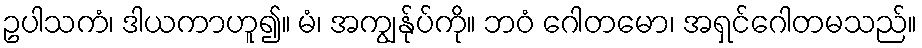
ဥပါသကံ၊ ဒါယကာဟူ၍။ မံ၊ အကျွန်ုပ်ကို။ ဘဝံ ဂေါတမော၊ အရှင်ဂေါတမသည်။